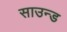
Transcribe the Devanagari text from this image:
साउन्‍ड